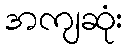
အကျဆုံး